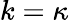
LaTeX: k=\kappa